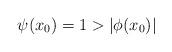
LaTeX: \begin{align*}\psi(x_0)=1>|\phi(x_0)|\end{align*}